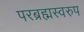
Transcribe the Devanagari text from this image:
परब्रह्मस्वरुप